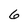
Character: 6